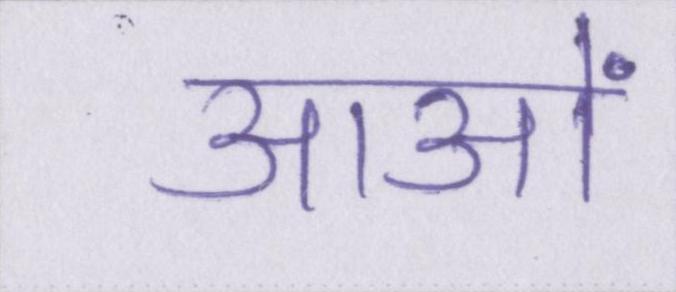
आओं